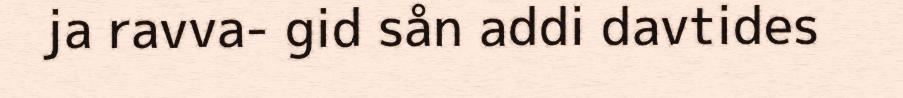
ja ravva- gid sån addi davtides